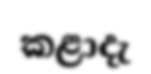
කළාදැ